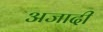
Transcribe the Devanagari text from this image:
अजादी